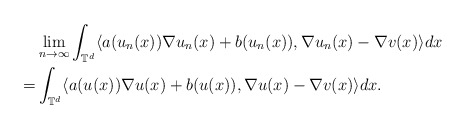
\begin{align*}& \lim_{n\rightarrow\infty} \int_{\mathbb{T}^d} \langle a(u_n(x))\nabla u_n(x) + b(u_n(x)), \nabla u_n(x) - \nabla v(x) \rangle dx \\= & \int_{\mathbb{T}^d} \langle a(u(x))\nabla u(x) + b(u(x)), \nabla u(x) - \nabla v(x) \rangle dx .\end{align*}